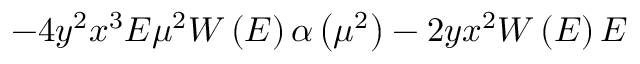
- 4 y ^ { 2 } x ^ { 3 } E \mu ^ { 2 } W \left( E \right) \alpha \left( \mu ^ { 2 } \right) - 2 y x ^ { 2 } W \left( E \right) E